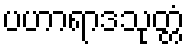
ပဟာရာဒသုတ္တံ